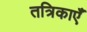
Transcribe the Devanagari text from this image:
तत्रिकाएँ